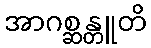
အာဂစ္ဆန္တူတိ